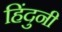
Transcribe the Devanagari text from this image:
हिंदुनी